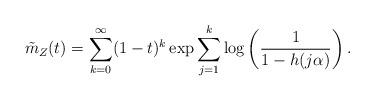
LaTeX: \begin{align*} \tilde m_Z (t) & = \sum_{k =0}^\infty (1-t)^k \exp \sum_{j=1}^k \log \left( \frac{1}{1-h(j \alpha)} \right) .\end{align*}